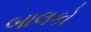
બાલકો